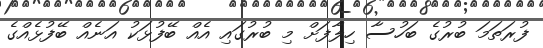
ފުރަތަމަ ބުރުގެ ބަހުސާ ހިލާފަށް މި ބުރުގައި އެއް ބޭފުޅަކު އަނެއް ބޭފުޅެއްގެ